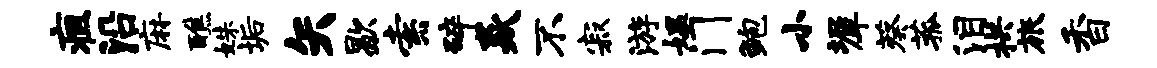
疽沿麻醮姝垢矢歇索碎焱不寂游媪门鲍小墀葵菰泪拱旅香